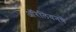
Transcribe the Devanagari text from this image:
ऑरेलियनचे